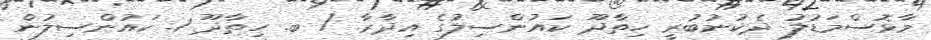
މާޅޮސްމަޑުލު ދެކުނުބުރީ ހިތާދޫ ކައުންސިލުގެ އިދާރާ / ބ. ހިތާދޫ 1. ކައުންސިލުން